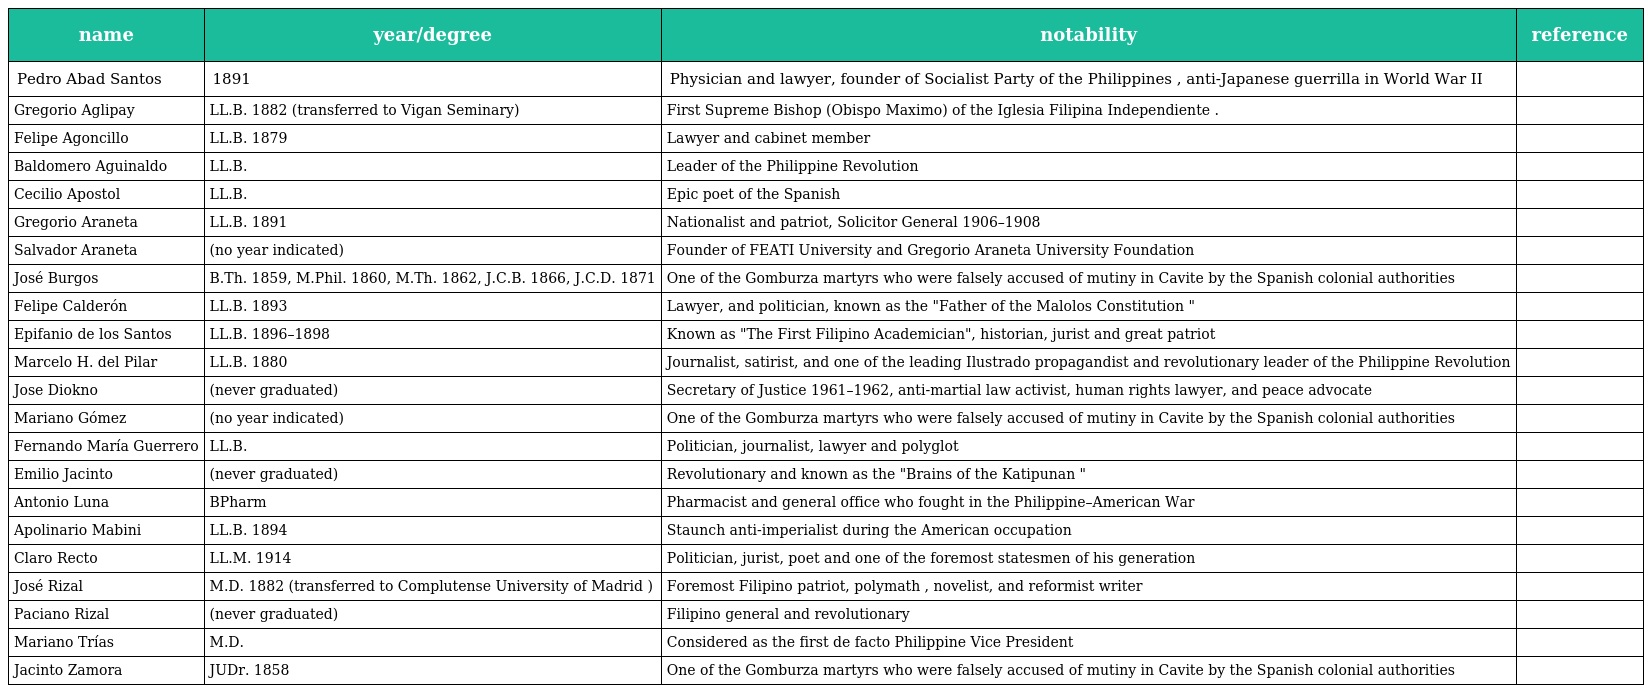
| name | year/degree | notability | reference |
 | --- | --- | --- | --- |
 | Pedro Abad Santos | 1891 | Physician and lawyer, founder of Socialist Party of the Philippines , anti-Japanese guerrilla in World War II |  |
 | Gregorio Aglipay | LL.B. 1882 (transferred to Vigan Seminary) | First Supreme Bishop (Obispo Maximo) of the Iglesia Filipina Independiente . |  |
 | Felipe Agoncillo | LL.B. 1879 | Lawyer and cabinet member |  |
 | Baldomero Aguinaldo | LL.B. | Leader of the Philippine Revolution |  |
 | Cecilio Apostol | LL.B. | Epic poet of the Spanish |  |
 | Gregorio Araneta | LL.B. 1891 | Nationalist and patriot, Solicitor General 1906–1908 |  |
 | Salvador Araneta | (no year indicated) | Founder of FEATI University and Gregorio Araneta University Foundation |  |
 | José Burgos | B.Th. 1859, M.Phil. 1860, M.Th. 1862, J.C.B. 1866, J.C.D. 1871 | One of the Gomburza martyrs who were falsely accused of mutiny in Cavite by the Spanish colonial authorities |  |
 | Felipe Calderón | LL.B. 1893 | Lawyer, and politician, known as the "Father of the Malolos Constitution " |  |
 | Epifanio de los Santos | LL.B. 1896–1898 | Known as "The First Filipino Academician", historian, jurist and great patriot |  |
 | Marcelo H. del Pilar | LL.B. 1880 | Journalist, satirist, and one of the leading Ilustrado propagandist and revolutionary leader of the Philippine Revolution |  |
 | Jose Diokno | (never graduated) | Secretary of Justice 1961–1962, anti-martial law activist, human rights lawyer, and peace advocate |  |
 | Mariano Gómez | (no year indicated) | One of the Gomburza martyrs who were falsely accused of mutiny in Cavite by the Spanish colonial authorities |  |
 | Fernando María Guerrero | LL.B. | Politician, journalist, lawyer and polyglot |  |
 | Emilio Jacinto | (never graduated) | Revolutionary and known as the "Brains of the Katipunan " |  |
 | Antonio Luna | BPharm | Pharmacist and general office who fought in the Philippine–American War |  |
 | Apolinario Mabini | LL.B. 1894 | Staunch anti-imperialist during the American occupation |  |
 | Claro Recto | LL.M. 1914 | Politician, jurist, poet and one of the foremost statesmen of his generation |  |
 | José Rizal | M.D. 1882 (transferred to Complutense University of Madrid ) | Foremost Filipino patriot, polymath , novelist, and reformist writer |  |
 | Paciano Rizal | (never graduated) | Filipino general and revolutionary |  |
 | Mariano Trías | M.D. | Considered as the first de facto Philippine Vice President |  |
 | Jacinto Zamora | JUDr. 1858 | One of the Gomburza martyrs who were falsely accused of mutiny in Cavite by the Spanish colonial authorities |  |